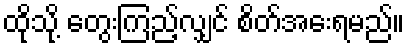
ထိုသို့ တွေးကြည့်လျှင် စိတ်အေးရမည်။